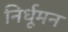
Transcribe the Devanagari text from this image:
निर्धूमन